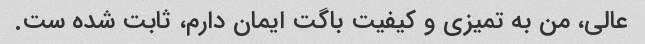
عالی، من به تمیزی و کیفیت باگت ایمان دارم، ثابت شده ست.